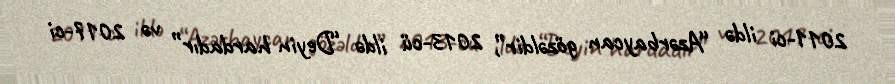
2011-ci ildə “Azərbaycan gözəldir”, 2013-cü ildə “Deyin hardadır” və 2017-ci